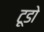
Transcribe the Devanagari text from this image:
टूडो